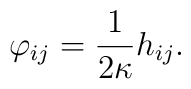
\varphi_{ij}=\frac{1}{2 \kappa} h_{ij}.